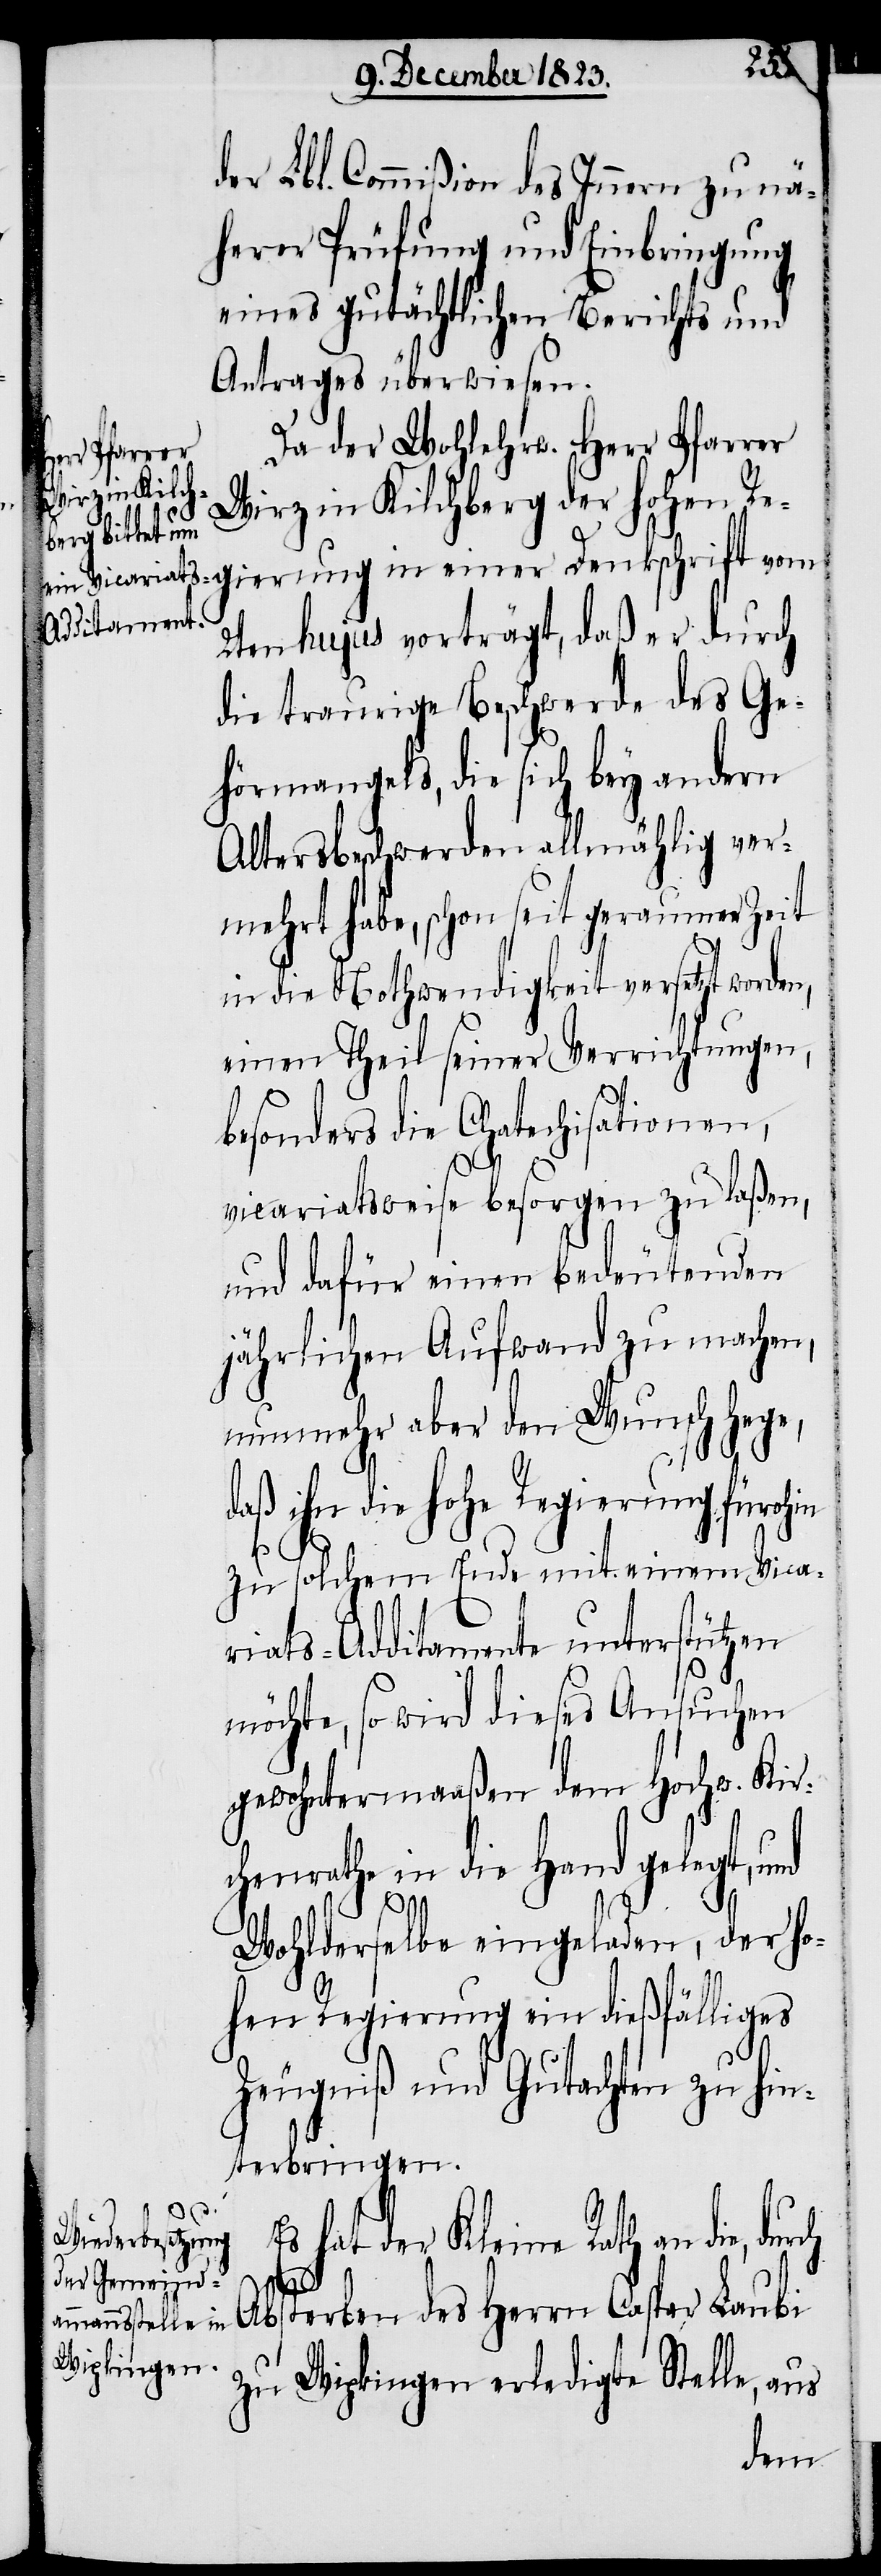
der Lbl. Commißion des Innern zu nä¬
herer Prüfung und Einbringung
eines gutächtlichen Berichts und
Antrages überwiesen.
Da der Wohlehrw. Herr Pfarrer
Wirz in Kilchberg der hohen Re¬
gierung in einer Denkschrift vom
2ten hujus vorträgt, daß er durch
die traurige Beschwerde des Ge¬
hörmangels, die sich bey andern
Altersbeschwerden allmählich ver¬
mehrt habe, schon seit geraumer Zeit
in die Nothwendigkeit versetzt wor¬
einen Theil seiner Verrichtungen,
besonders die Chatechisationen,
vicariatsweise besorgen zu laßen,
und dafür einen bedeutenden
jährlichen Aufwand zu machen,
nunmehr aber den Wunsch hege,
daß ihn die hohe Regierung fürohin
zu solchem Ende mit einem Vica¬
riats-Additamente unterstützen
möchte, so wird dieses Ansuchen
gewohntermaaßen dem Hochw. Kir¬
chenrathe in die Hand gelegt, und
Wohlderselbe eingeladen, der ho¬
hen Regierung ein dießfälliges
Zeugniß und Gutachten zu hin¬
terbringen.
hat der Kleine Rath an die,
durch
Absterben des Herrn Caspar Laubi
zu Wipkingen erledigte Stelle, aus
den,